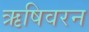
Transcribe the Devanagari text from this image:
ऋषिवरन